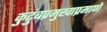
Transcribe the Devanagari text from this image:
कुटुंबप्रमुखाप्रमाणे